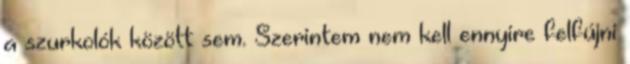
a szurkolók között sem. Szerintem nem kell ennyire felfújni